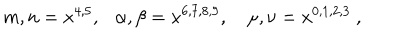
m , n = x ^ { 4 , 5 } , \alpha , \beta = x ^ { 6 , 7 , 8 , 9 } , ~ \mu , \nu = x ^ { 0 , 1 , 2 , 3 } \ ,